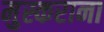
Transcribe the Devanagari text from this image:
मुस्कराना